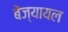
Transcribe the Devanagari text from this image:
बेंज्यायल